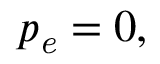
\begin{array} { r } { p _ { \it e } = 0 , } \end{array}